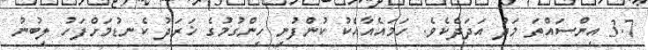
3.7 އިންސައްތަ މަދު އަދަދެކެވެ. ހަމައެއާއެކު ކުންފުނި ހިންގުމުގެ ޚަރަދު ކެނޑުމަށްފަހު ލިބުނު